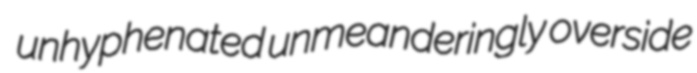
unhyphenated unmeanderingly overside